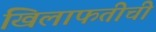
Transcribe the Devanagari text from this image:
खिलाफतीची